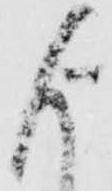
よ